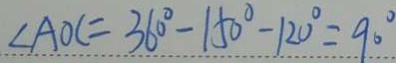
\angle A O C = 3 6 0 ^ { \circ } - 1 5 0 ^ { \circ } - 1 2 0 ^ { \circ } = 9 0 ^ { \circ }